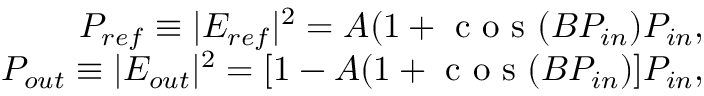
\begin{array} { r } { P _ { r e f } \equiv | E _ { r e f } | ^ { 2 } = A ( 1 + \mathrm { ~ c ~ o ~ s ~ } ( B P _ { i n } ) P _ { i n } , } \\ { P _ { o u t } \equiv | E _ { o u t } | ^ { 2 } = [ 1 - A ( 1 + \mathrm { ~ c ~ o ~ s ~ } ( B P _ { i n } ) ] P _ { i n } , } \end{array}